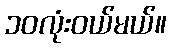
၁၀လုံးဝယ်မယ်။